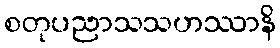
စတုပညာသသဟဿာနိ